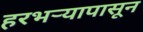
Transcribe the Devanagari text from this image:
हरभऱ्यापासून